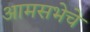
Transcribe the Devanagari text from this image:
आमसभेचे